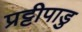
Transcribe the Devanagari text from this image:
प्रट्टीपाडु